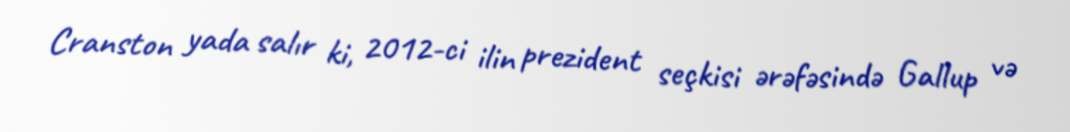
Cranston yada salır ki, 2012-ci ilin prezident seçkisi ərəfəsində Gallup və